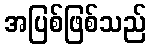
အပြစ်ဖြစ်သည်